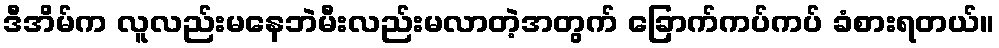
ဒီအိမ်က လူလည်းမနေဘဲမီးလည်းမလာတဲ့အတွက် ခြောက်ကပ်ကပ် ခံစားရတယ်။